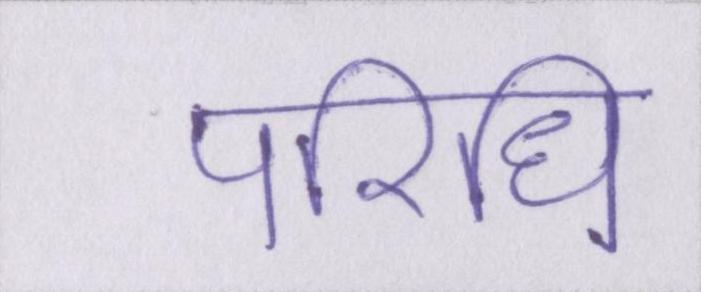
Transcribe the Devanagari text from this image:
परिधि